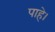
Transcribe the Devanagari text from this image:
पाहे।